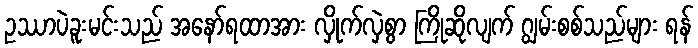
ဥဿာပဲခူးမင်းသည် အနော်ရထာအား လှိုက်လှဲစွာ ကြိုဆိုလျက် ဂျွမ်းစစ်သည်များ ရန်